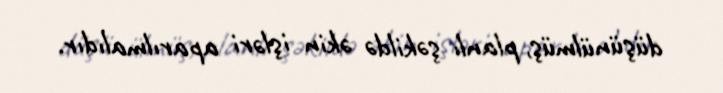
düşünülmüş, planlı şəkildə əkin işləri aparılmalıdır.